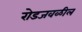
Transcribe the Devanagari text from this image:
रोडजवळील